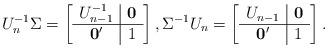
LaTeX: \begin{align*} U_{n}^{-1} \Sigma = \left[\begin{array}{c|c}U_{n-1}^{-1} & \mathbf{0} \\\hline \mathbf{0'} & 1 \end{array}\right], \Sigma^{-1} U_{n} = \left[\begin{array}{c|c}U_{n-1} & \mathbf{0} \\\hline \mathbf{0'} & 1 \end{array}\right].\end{align*}